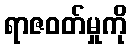
ရာဇဝတ်မှုကို